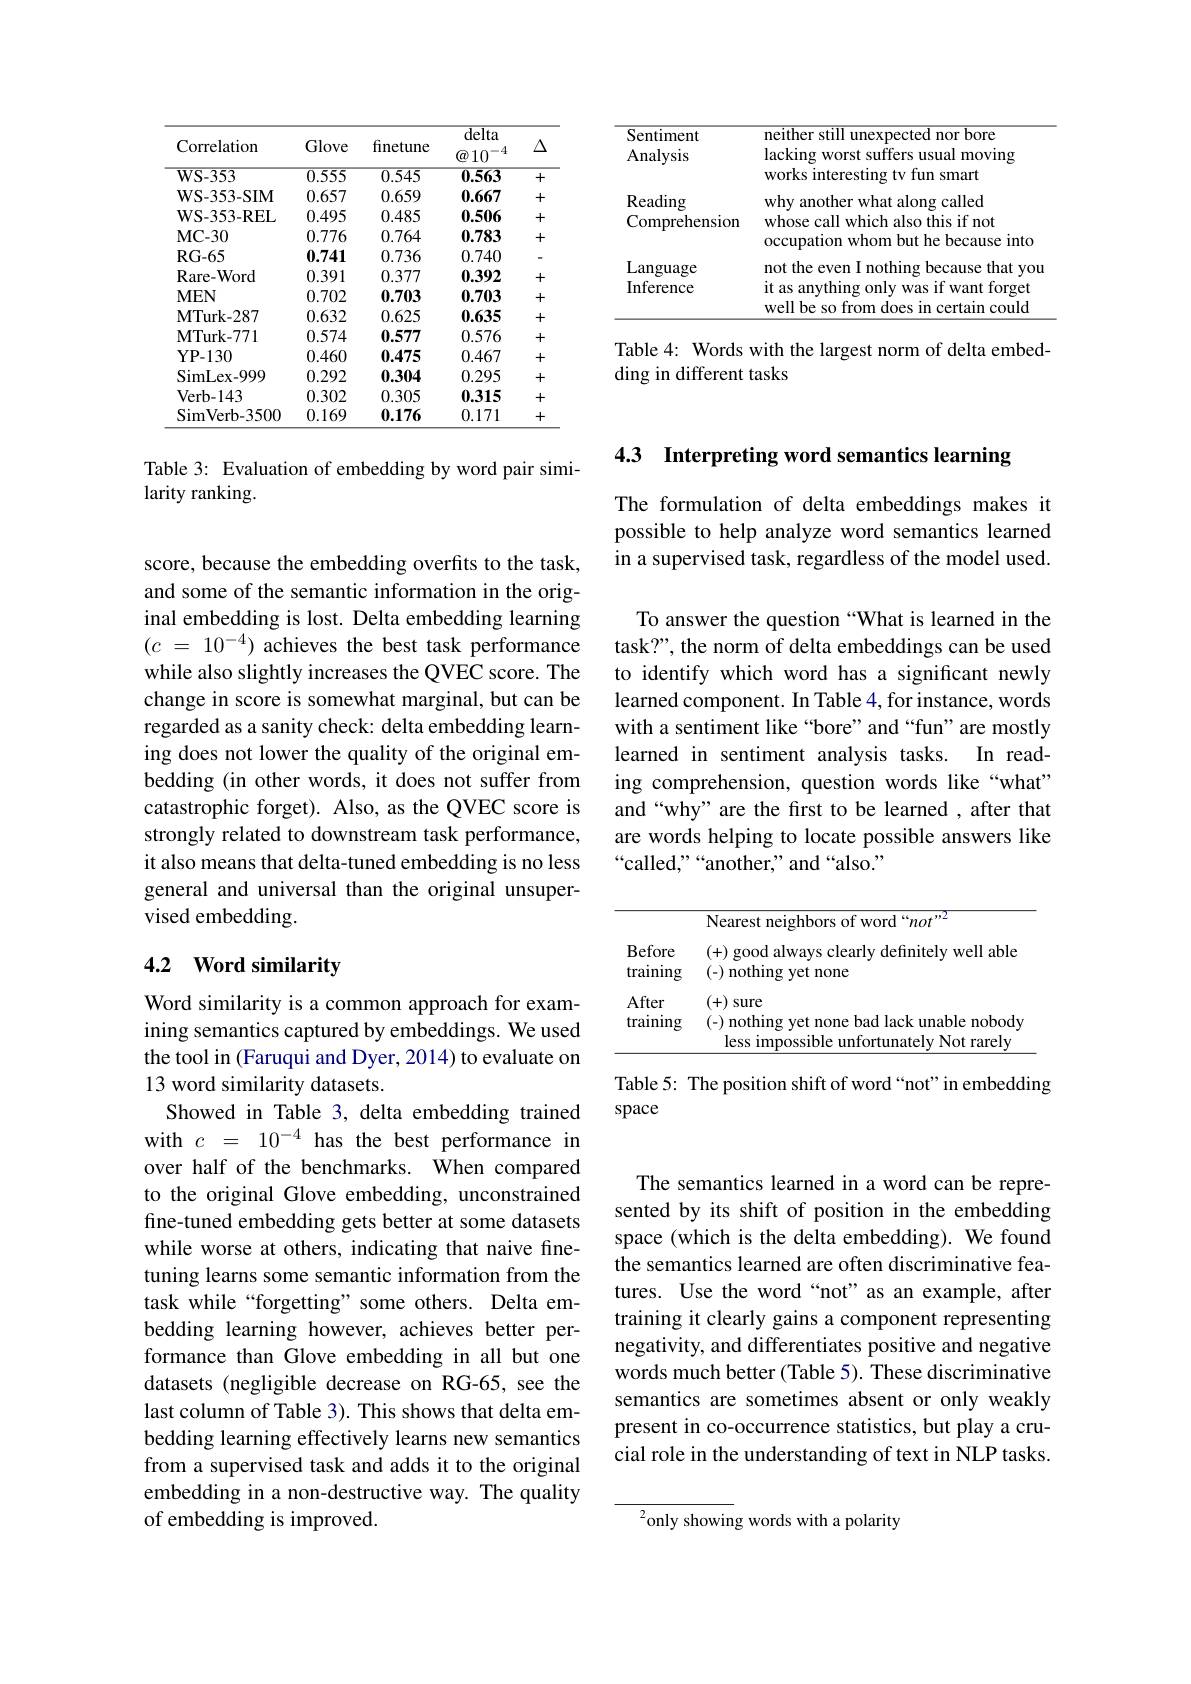
<table>
	<tbody>
		<tr>
			<td>Sentiment Analysis</td>
			<td>neither still unexpected nor bore lacking worst suffers usual moving works interesting tv fun smart</td>
		</tr>
		<tr>
			<td>Inference</td>
			<td>it as anything only was if want forget well be so from does s in certain could</td>
		</tr>
	</tbody>
</table>

Table 4: Words with the largest norm of delta embed-
ding in different tasks

<table>
	<tbody>
		<tr>
			<th>Correlation</th>
			<th>Glove</th>
			<th>finetune</th>
			<th>$\overline{\mathrm{delta}}$ $\textcircled{a}10^{-4}$</th>
			<th>$\Delta$</th>
		</tr>
		<tr>
			<td>$\mathbf{WS-353}$</td>
			<td>$\overline{0.555}$</td>
			<td>0.545</td>
			<td>0.563</td>
			<td>+</td>
		</tr>
		<tr>
			<td>WS- 353- SIM</td>
			<td>0.657</td>
			<td>0.659</td>
			<td>0.667</td>
			<td>+</td>
		</tr>
		<tr>
			<td>WS-353-REL</td>
			<td>0.495</td>
			<td>0.485</td>
			<td>0.506</td>
			<td>+</td>
		</tr>
		<tr>
			<td>$\mathbf{MC-30}$</td>
			<td>0.776</td>
			<td>0.764</td>
			<td>0.783</td>
			<td>+</td>
		</tr>
		<tr>
			<td>$\mathbf{RG-65}$</td>
			<td>0.741</td>
			<td>0.736</td>
			<td>0.740</td>
			<td>-</td>
		</tr>
		<tr>
			<td>Rare- Word</td>
			<td>0.391</td>
			<td>0.377</td>
			<td>0.392</td>
			<td>+</td>
		</tr>
		<tr>
			<td>$MEN$</td>
			<td>0.702</td>
			<td>0.703</td>
			<td>0.703</td>
			<td>+</td>
		</tr>
		<tr>
			<td>$\mathbf{MTurk-287}$</td>
			<td>0.632</td>
			<td>0.625</td>
			<td>0.635</td>
			<td>+</td>
		</tr>
		<tr>
			<td>$\mathbf{MTurk-771}$</td>
			<td>0.574</td>
			<td>0.577</td>
			<td>0.576</td>
			<td>+</td>
		</tr>
		<tr>
			<td>$\mathbf{YP-130}$</td>
			<td>0.460</td>
			<td>0.475</td>
			<td>0.467</td>
			<td>+</td>
		</tr>
		<tr>
			<td>SimLex- 999</td>
			<td>0.292</td>
			<td>0.304</td>
			<td>0.295</td>
			<td>+</td>
		</tr>
		<tr>
			<td>Verb- 143</td>
			<td>0.302</td>
			<td>0.305</td>
			<td>0.315</td>
			<td>+</td>
		</tr>
		<tr>
			<td>SimVerb- 3500</td>
			<td>0.169</td>
			<td>0.176</td>
			<td>0.171</td>
			<td>+</td>
		</tr>
	</tbody>
</table>

Table 3: Evaluation of embedding by word pair simi-
larity ranking.

score, because the embedding overfits to the task, and some of the semantic information in the original embedding is lost. Delta embedding learning $( c$ = $10^{- 4})$ achieves the best task performance while also slightly increases the QVEC score. The change in score is somewhat marginal, but can be regarded as a sanity check: delta embedding learning does not lower the quality of the original embedding (in other words, it does not suffer from catastrophic forget). Also, as the QVEC score is strongly related to downstream task performance, it also means that delta-tuned embedding is no less general and universal than the original unsupervised embedding.

### 4.2 $\textbf{Word similarity}$

Word similarity is a common approach for examining semantics captured by embeddings. We used the tool in (Faruqui and Dyer, 2014) to evaluate on 13 word similarity datasets.
Showed in Table 3, delta embedding trained with $c=10^{-4}$ has the best performance in over half of the benchmarks. When compared to the original Glove embedding, unconstrained fine-tuned embedding gets better at some datasets while worse at others, indicating that naive finetuning learns some semantic information from the task while“forgetting” some others. Delta embedding learning however, achieves better performance than Glove embedding in all but one datasets (negligible decrease on RG-65, see the last column of Table 3). This shows that delta embedding learning effectively learns new semantics from a supervised task and adds it to the original embedding in a non-destructive way. The quality of embedding is improved.

4.3 Interpreting word semantics learning

The formulation of delta embeddings makes it possible to help analyze word semantics learned in a supervised task, regardless of the model used.

To answer the question “What is learned in the task?", the norm of delta embeddings can be used to identify which word has a significant newly learned component. In Table 4, for instance, words with a sentiment like“bore”and“fun”are mostly learned in sentiment analysis tasks. In reading comprehension, question words like “what” and“why” are the first to be learned , after that are words helping to locate possible answers like “called,”“another,”and“also.”

<table>
	<tbody>
		<tr>
			<td> </td>
			<td>Nearest neighbors of word“not”2</td>
		</tr>
		<tr>
			<td>Before training</td>
			<td>(+) good always clearly definitely well able (-) nothing yet none</td>
		</tr>
		<tr>
			<td>After training</td>
			<td>(+)sure (-) nothing yet none bad lack unable nobody less impossible unfortunately Not rarely</td>
		</tr>
	</tbody>
</table>

Table 5: The position shift of word “not”in embedding
space

The semantics learned in a word can be represented by its shift of position in the embedding space (which is the delta embedding). We found the semantics learned are often discriminative features. Use the word“not”as an example, after training it clearly gains a component representing negativity, and differentiates positive and negative words much better (Table 5). These discriminative semantics are sometimes absent or only weakly present in co-occurrence statistics, but play a crucial role in the understanding of text in NLP tasks.

$^2$only showing words with a polarity